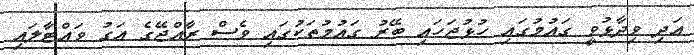
އަދި ވިދާޅުވީ ގައުމުގައި ހުޅުޖަހައި ބޭރު ގައުމުތަކުގައި ވެސް ރާއްޖޭގެ އަގު ވައްޓާލައި